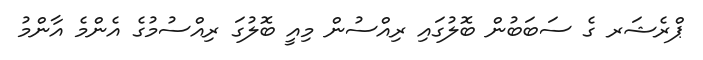
ޕްރެޝަރ ގެ ސަބަބުން ބޮލުގައި ރިއްސުން މިއީ ބޮލުގަ ރިއްސުމުގެ އެންމެ އާންމު